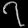
Digit: ၇